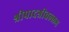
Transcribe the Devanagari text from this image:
श्रीपादश्रीवल्लभ